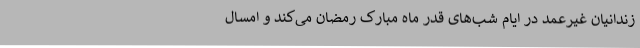
زندانیان غیرعمد در ایام شب‌های قدر ماه مبارک رمضان می‌کند و امسال